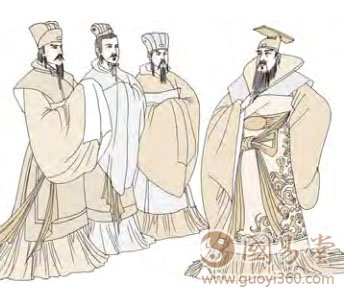
三人行则损一人，一人行则得其友。